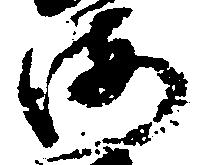
海